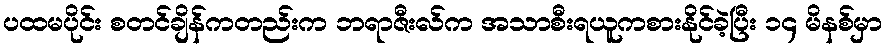
ပထမပိုင်း စတင်ချိန်ကတည်းက ဘရာဇီးလ်က အသာစီးရယူကစားနိုင်ခဲ့ပြီး ၁၄ မိနစ်မှာ